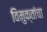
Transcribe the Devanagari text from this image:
विमुक्तांचा